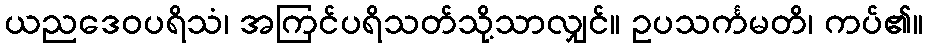
ယညဒေဝပရိသံ၊ အကြင်ပရိသတ်သို့သာလျှင်။ ဥပသင်္ကမတိ၊ ကပ်၏။